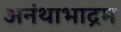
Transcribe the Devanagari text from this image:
अनंथाभाद्रम